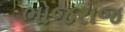
ભોજરાજ